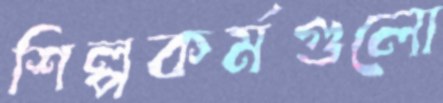
শিল্পকর্মগুলো